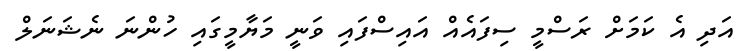
އަދި އެ ކަމަށް ރަސްމީ ސިފައެއް އައިސްފައި ވަނީ މަޔާމީގައި ހުންނަ ނެޝަނަލް